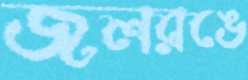
জলরঙে